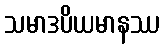
သမာဒပိယမာနဿ